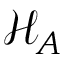
{ \mathcal { H } } _ { A }